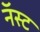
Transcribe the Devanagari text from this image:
नॅस्ट